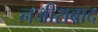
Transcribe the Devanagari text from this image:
नजीराबाद